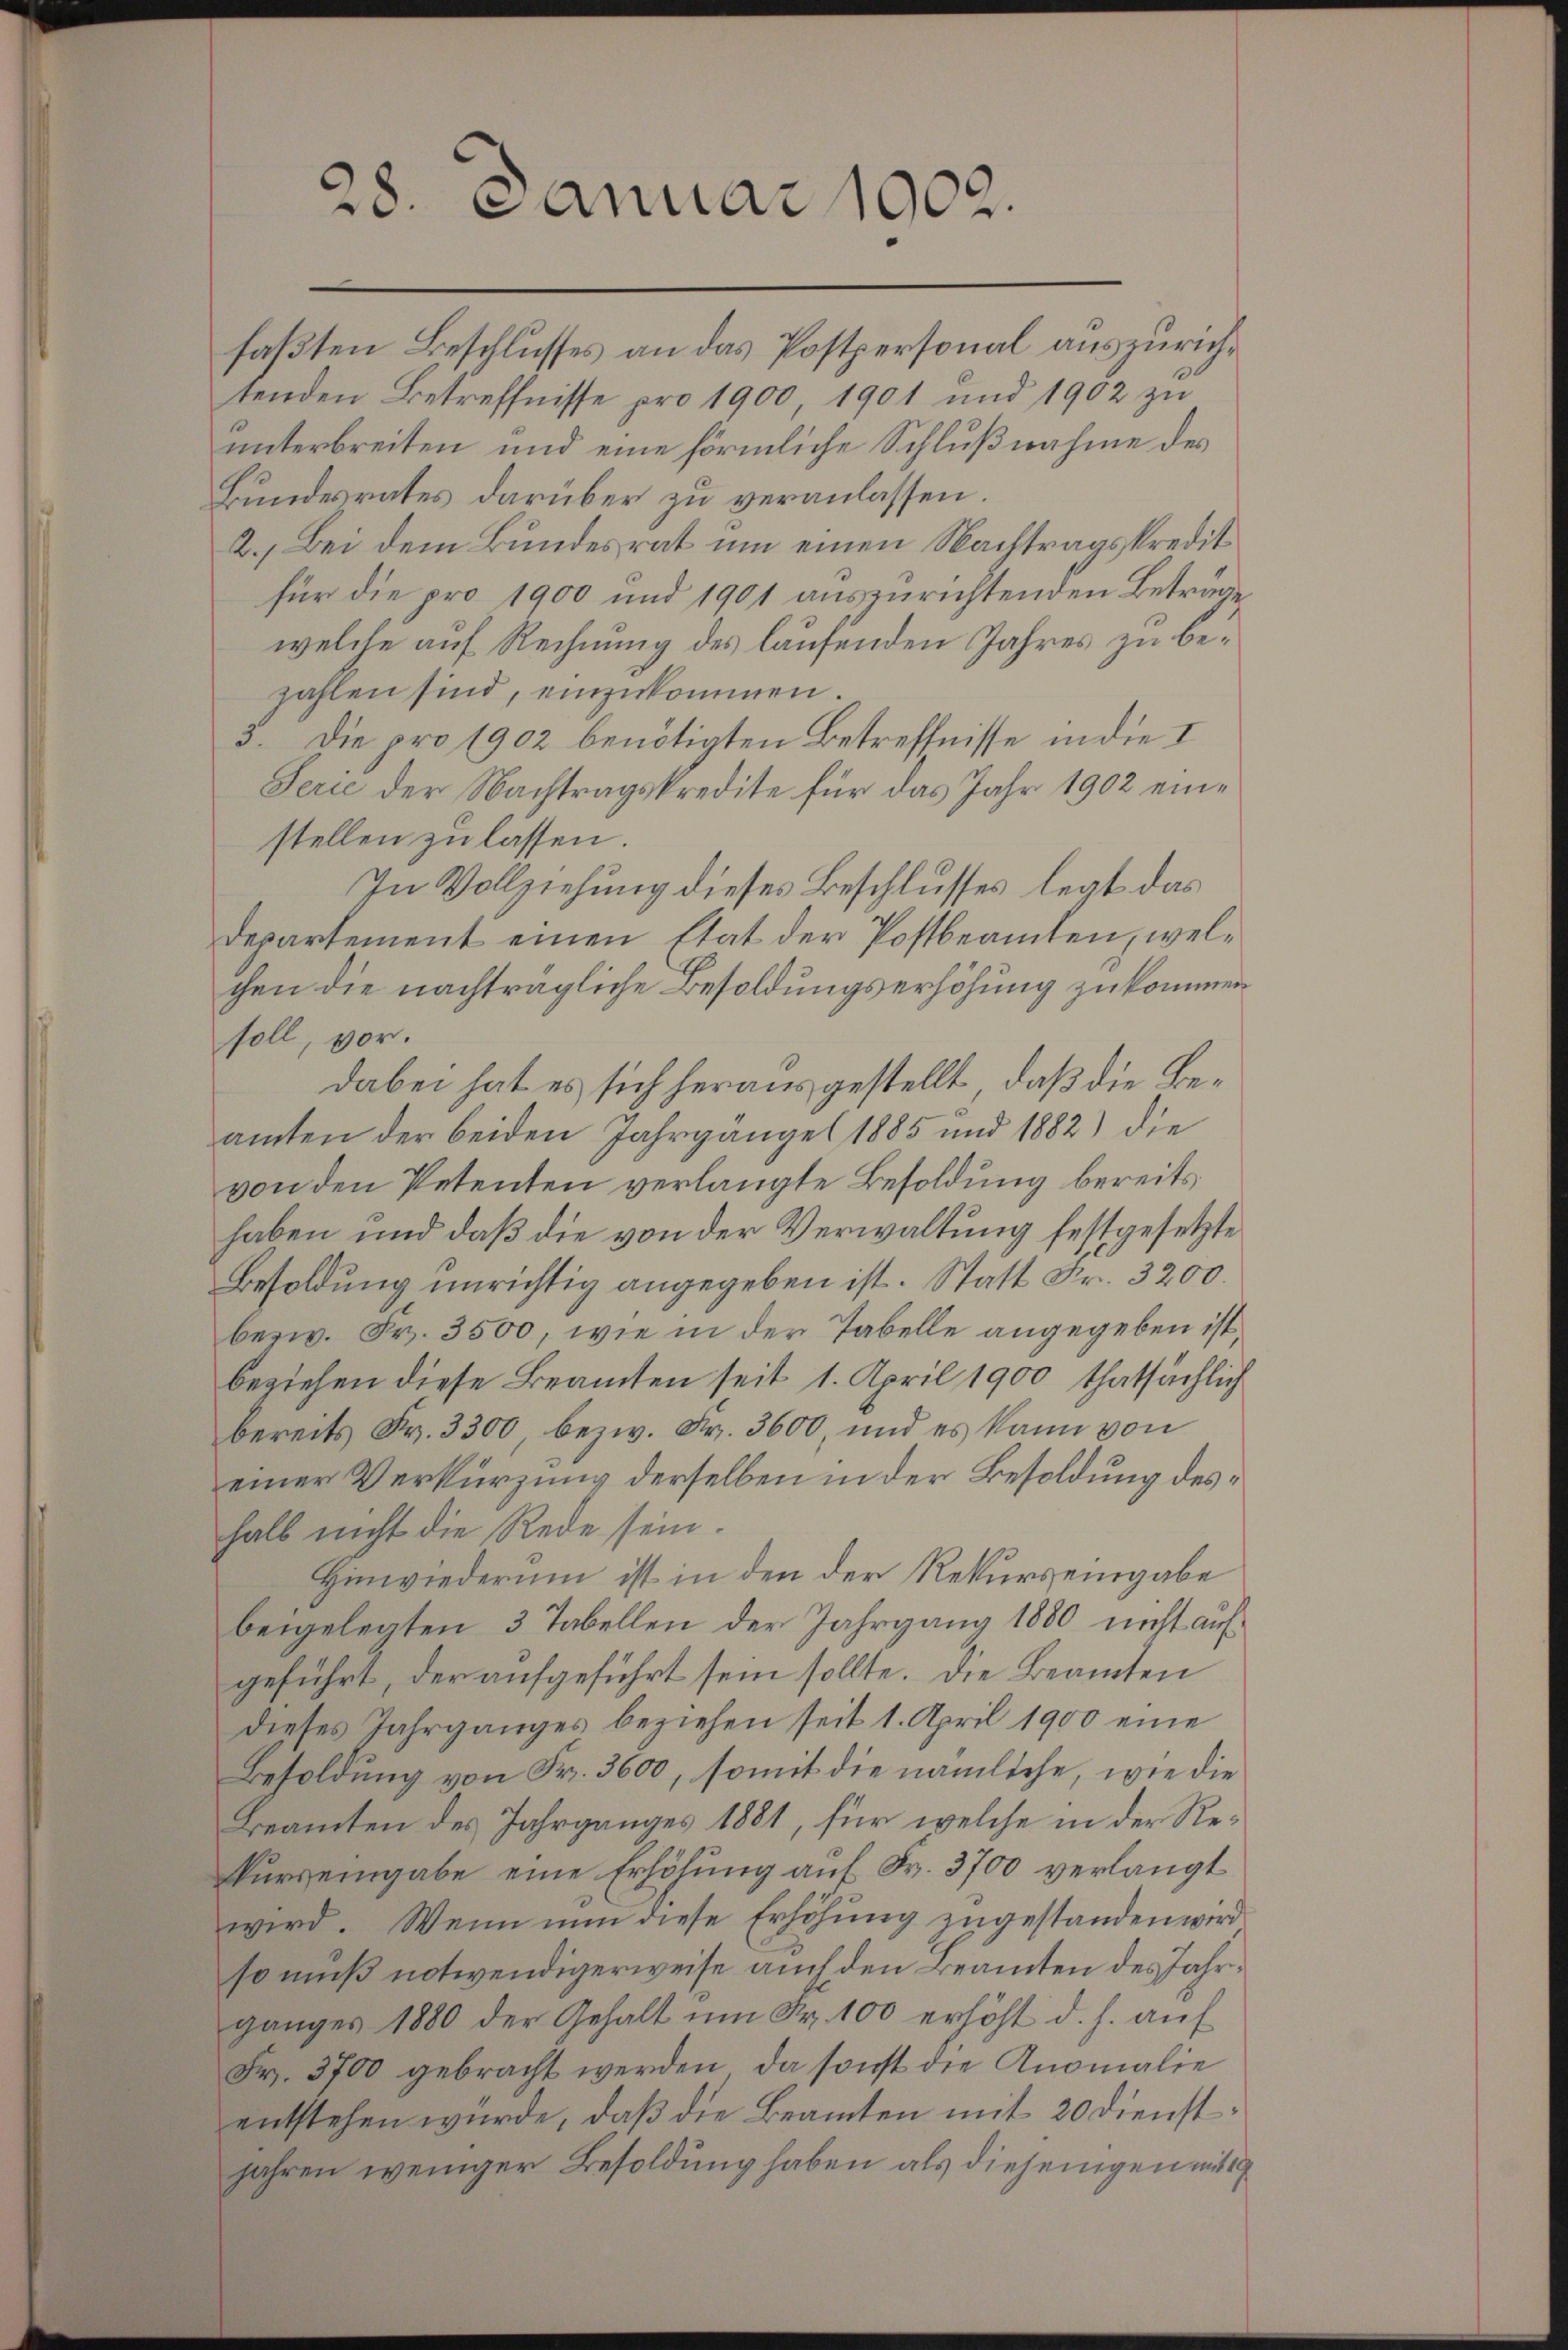
28. Januar 1902.

faßten Beschlusses an das Postpersonal auszurichtenden Betreffnisse pro 1900 1901 und 1902 zu
unterbreiten und eine förmliche Schlußnahme des
Bundesrates darüber zu veranlassen
2.) Bei dem Bundesrat um einen Nachtragskredit
für die pro 1900 und 1901 auszurichtenden Beträge,
welche auf Rechnung des laufenden Jahres zu bezahlen sind, einzukommen.
2. Die pro 1902 benötigten Betreffnisse in die I
Serie der Nachtragskredite für das Jahr 1902 eine
stellen zu lassen.
In Vollziehung dieses Beschlusses legt das
Departement einen Etat der Postbeamten, welchen die nachträgliche Besoldungserhöhung zukommen
soll, vor.
dabei hat es sich herausgestellt, daß die Beamten der beiden Jahrgängel 1885 und 1882) die
von den Petenten verlangte Besoldung bereits
haben und daß die von der Verwaltung festgesetzte
Besoldung unrichtig angegeben ist. Statt Fr. 3200.
bezw. Fr. 3500, wie in der Tabelle angegeben ist,
beziehen diese Beamten seit 1. April 1900 thatsächlich
bereits Fr. 3300, bezw. Fr. 3600, und es kann von
einer Verkürzung derselben in der Besoldung deshalb nicht die Rede sein.
Hinwiederum ist in den der Rekurs eingabe
beigelegten 3 Tabellen der Jahrgang 1880 nicht aufgeführt, der aufgeführt sein sollte. Die Beamten
dietes Jahrganges beziehen seit 1. April 1900 eine
Besoldung von Fr. 3600, somit die nämliche, wie die
Beamten des Jahrganges 1881, für welche in der Rekurseingabe eine Erhöhung auf Fr. 3700 verlangt
wird. Wenn nun diese Erhöhung zugestanden wird
so muß notwendigerweise auch den Beamten des Jahrganges 1880 der Gehalt um Fr. 100 erhöht d. h. auf
Fr. 3700 gebracht werden, da sonst die Anomalie
entstehen würde, daß die Beamten mit 20 Dienstjahren weniger Besoldung haben als diejenigen mitt